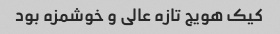
کیک هویج تازه عالی و خوشمزه بود